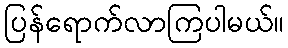
ပြန်ရောက်လာကြပါမယ်။